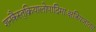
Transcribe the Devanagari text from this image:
शनकैस्तुक्रियालोपादिमाःक्षत्रियजातयः